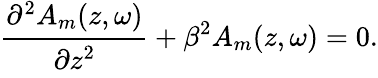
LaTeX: \cfrac{\partial^{2}A_{m}(z,\omega)}{\partial z^{2}}+\beta^{2}A_{m}(z,\omega)=0.